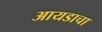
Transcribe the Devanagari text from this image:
आयडाचा